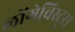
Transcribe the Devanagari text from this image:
लोंगेविस्ट्स